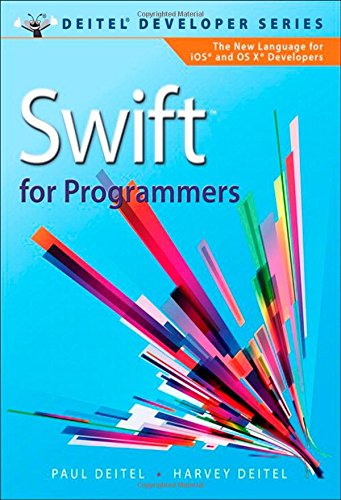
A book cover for Swift for Programmers (Deitel Developer Series); Paul Deitel; Computers & Technology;